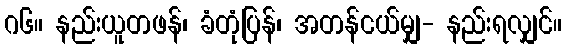
ဂ၆။ နည်းယူတဖန်၊ ခံတုံပြန်၊ အတန်ငယ်မျှ- နည်းရလျှင်။